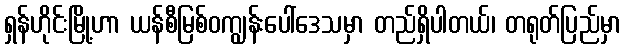
ရှန်ဟိုင်းမြို့ဟာ ယန်စီမြစ်ဝကျွန်းပေါ်ဒေသမှာ တည်ရှိပါတယ်၊ တရုတ်ပြည်မှာ